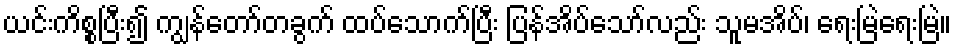
ယင်းကိစ္စပြီး၍ ကျွန်တော်တခွက် ထပ်သောက်ပြီး ပြန်အိပ်သော်လည်း သူမအိပ်၊ ရေးမြဲရေးမြဲ။